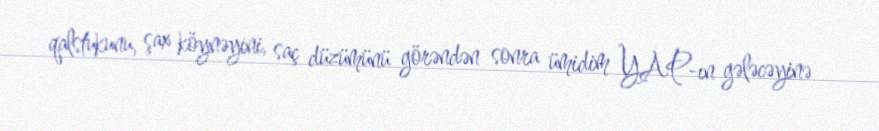
qalstukunu, şax köynəyini, saç düzümünü görəndən sonra ümidim YAP-ın gələcəyinə